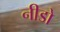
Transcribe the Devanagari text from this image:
नीडो